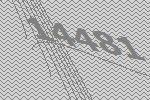
14481